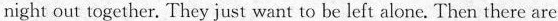
night out together. They just want to be left alone. Then there are